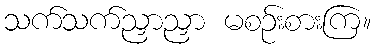
သက်သက်ညှာညှာ မစဉ်းစားကြ။